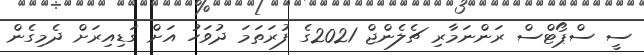
ސީ ސްޕޯޓްސް ރަންނަމާރި ޗެލެންޖް 2021ގެ ފުރަތަމަ ދުވަހު އަށް ގަޑިއިރަށް ދެމިގެން